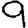
Digit: 9